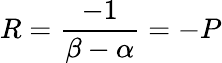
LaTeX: R={\frac{-1}{\beta-\alpha}}=-P